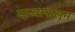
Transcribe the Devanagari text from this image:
माऱ्यापासून